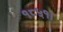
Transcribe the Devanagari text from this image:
१८५१।